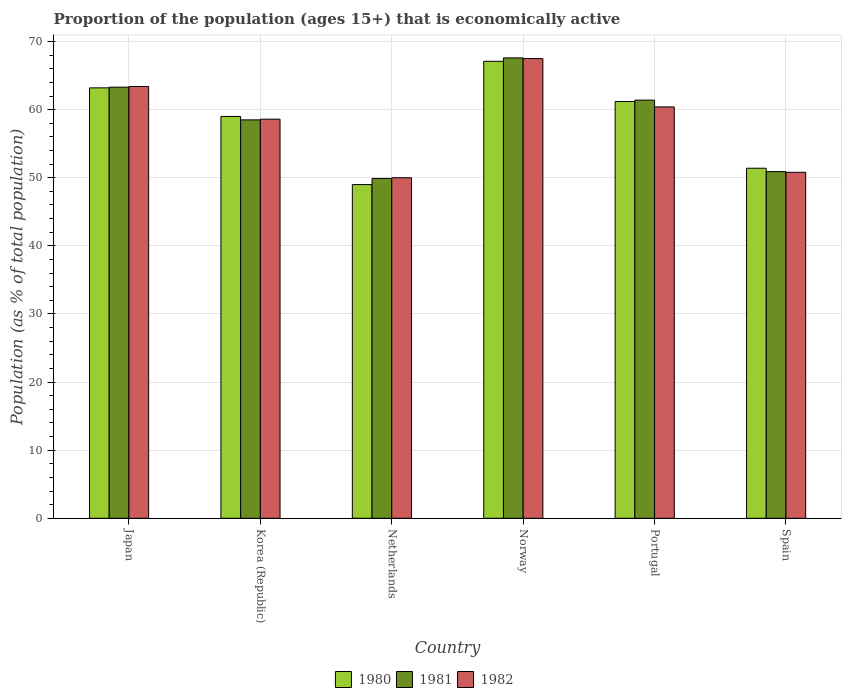
| Country | 1980 | 1981 | 1982 |
 | --- | --- | --- | --- |
 | Japan | 63.2 | 63.3 | 63.4 |
 | Korea (Republic) | 59 | 58.5 | 58.6 |
 | Netherlands | 49 | 49.9 | 50 |
 | Norway | 67.1 | 67.6 | 67.5 |
 | Portugal | 61.2 | 61.4 | 60.4 |
 | Spain | 51.4 | 50.9 | 50.8 |